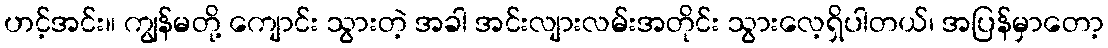
ဟင့်အင်း။ ကျွန်မတို့ ကျောင်း သွားတဲ့ အခါ အင်းလျားလမ်းအတိုင်း သွားလေ့ရှိပါတယ်၊ အပြန်မှာတော့